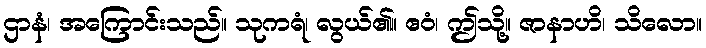
ဌာနံ၊ အကြောင်းသည်။ သုကရံ၊ လွယ်၏။ ဧဝံ၊ ဤသို့။ ဇာနာဟိ၊ သိလော။